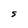
Character: S